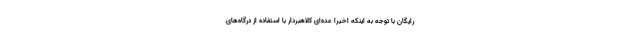
رایگان با توجه به اینکه اخیرا عده‌ای کلاهبردار با استفاده از درگاه‌های